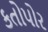
કતોપોર